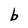
Character: b